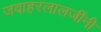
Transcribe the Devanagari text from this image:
जवाहरलालजींनी